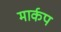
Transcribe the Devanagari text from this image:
मार्कप